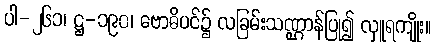
ပါ-၂၆၁၊ ဋ္ဌ-၁၉၀၊ ဗောဓိပင်၌ လခြမ်းသဏ္ဌာန်ပြု၍ လှူရကျိုး။